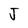
Character: J